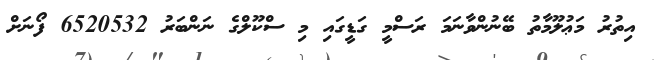
އިތުރު މަޢުލޫމާތު ބޭނުންވާނަމަ ރަސްމީ ގަޑީގައި މި ސްކޫލްގެ ނަންބަރު 6520532 ފޯނަށް